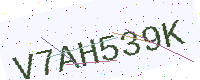
Text: V7AH539K